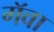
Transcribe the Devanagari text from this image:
गॅवा